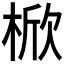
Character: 𣔙